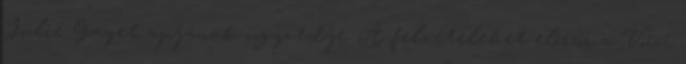
Julie Gayet apjának ügyvédje. A felvételeket először a Voici